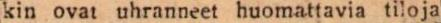
kin ovat uhranneet huomattavia tiloja